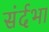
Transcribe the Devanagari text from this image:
संर्दभा